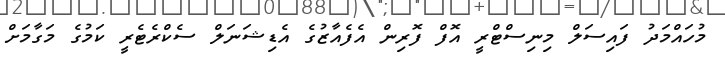
މުހައްމަދު ފައިސަލް މިނިސްޓްރީ އޮފް ފޮރިން އެފެއާޒުގެ އެޑިޝަނަލް ސެކްރެޓެރީ ކަމުގެ މަގާމަށް